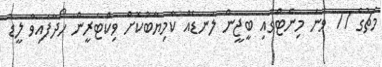
މެޗުގެ 77 ވަނަ މިނެޓްގައި ބީޖީން ލަނޑެއް ކާމިޔާބުކޮށް ވިކްޓަރީން ހޯދާފައިވާ ލީޑު